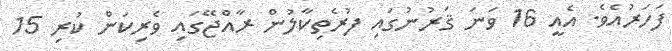
ފަހަރުއެވެ. އެއީ 16 ވަނަ ޤަރުނުގައި ފުރެތިކާލުން ރާއްޖޭގައި ވެރިކަން ކުރި 15